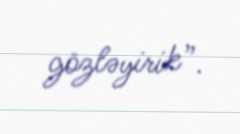
gözləyirik”.